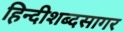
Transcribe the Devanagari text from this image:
हिन्दीशब्दसागर